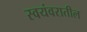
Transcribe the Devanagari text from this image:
स्वयंवरातील